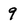
Character: 9